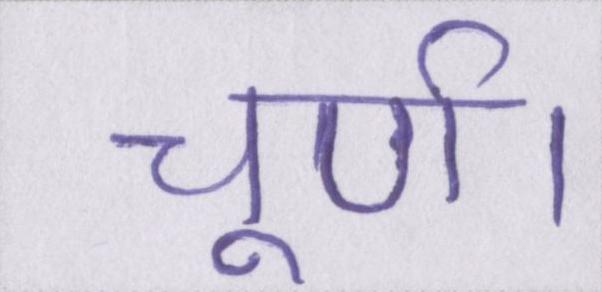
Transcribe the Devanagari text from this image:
चूर्ण।